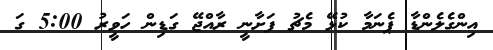
އިންގެލެންޑާ ޕެނަމާ ކުޅޭ މެޗު ފަށާނީ ރާއްޖޭ ގަޑިން ހަވީރު 5:00 ގަ